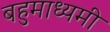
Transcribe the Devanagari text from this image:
बहुमाध्यमी